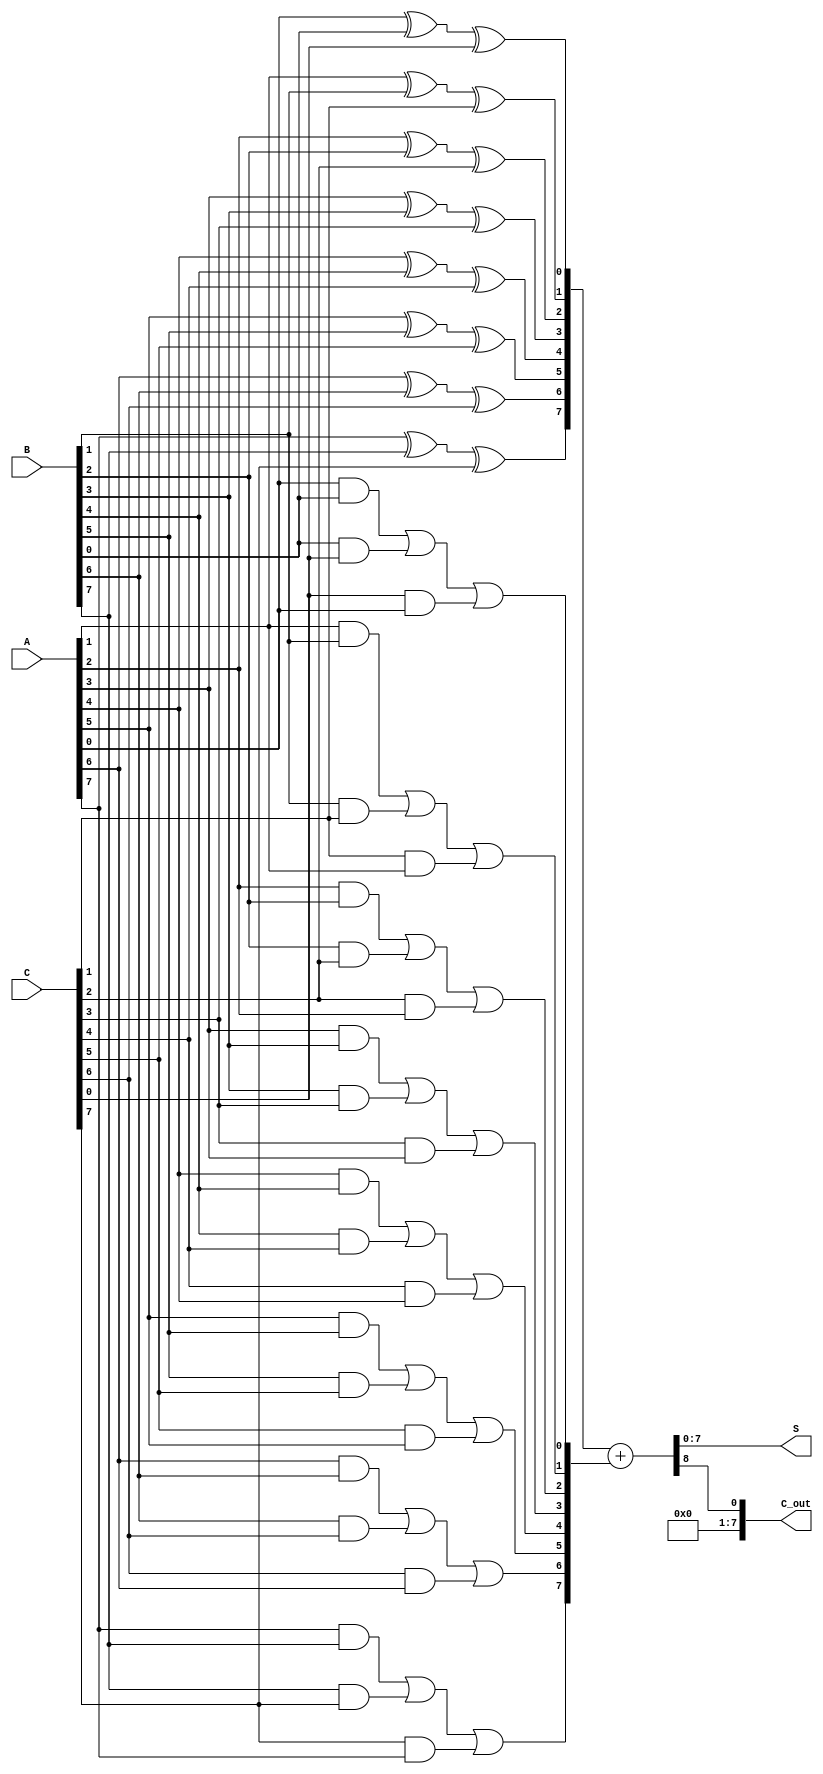
module carry_save_adder #(
    parameter N = 8  // Width of inputs A, B, C
)(
    input [N-1:0] A, // First input
    input [N-1:0] B, // Second input
    input [N-1:0] C, // Third input
    output [N-1:0] S, // Sum output
    output [N-1:0] C_out // Carry output
);

    // Intermediate sum and carry
    wire [N-1:0] sum_temp;  // Intermediate sum from carry save
    wire [N-1:0] carry_temp; // Intermediate carry from carry save

    // Carry Save Stage: Compute Sum and Carry without propagation
    genvar i;
    generate
        for (i = 0; i < N; i = i + 1) begin : carry_save_stage
            assign sum_temp[i] = A[i] ^ B[i] ^ C[i]; // Sum using XOR
            assign carry_temp[i] = (A[i] & B[i]) | (B[i] & C[i]) | (C[i] & A[i]); // Majority function for carry
        end
    endgenerate

    // Carry Propagation Stage: Add intermediate sum and carry
    wire [N:0] final_sum; // Final sum (with additional bit for carry out)
    
    assign final_sum = {1'b0, sum_temp} + {1'b0, carry_temp}; // Add with carry propagation

    assign S = final_sum[N-1:0];     // Final sum (N bits)
    assign C_out = final_sum[N];      // Carry out (1 bit)

endmodule